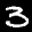
Label: 3